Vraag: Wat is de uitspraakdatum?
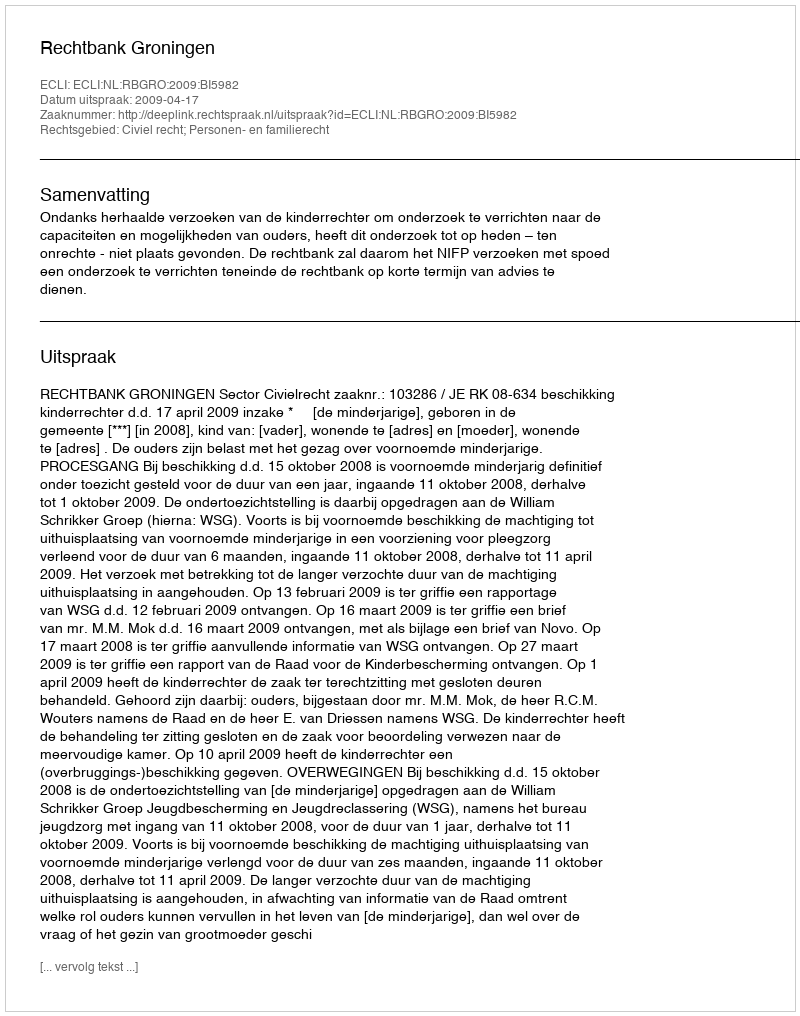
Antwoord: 2009-04-17